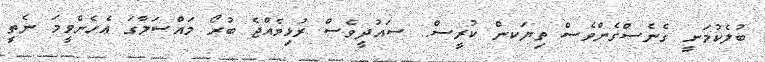
ބުލެކުމަނީ ގެނެސްގެންވެސް ތިޔަކން ކުރީސް.. ސައުދީވެސް ރުޅިވެއްޖެ ބުރޯ މައްސަލާގަ އެހެންވީމަ ނެތީ